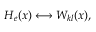
H _ { e } ( x ) \longleftrightarrow W _ { k l } ( x ) ,